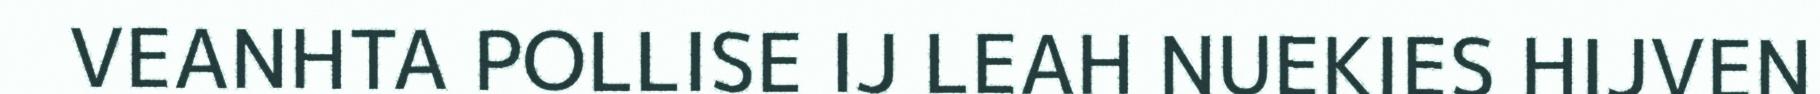
VEANHTA POLLISE IJ LEAH NUEKIES HIJVEN